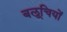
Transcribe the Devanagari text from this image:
बलूचियों